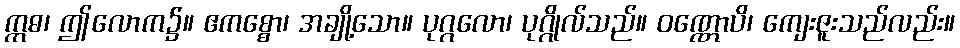
ဣဓ၊ ဤလောက၌။ ဧကစ္စော၊ အချို့သော။ ပုဂ္ဂလော၊ ပုဂ္ဂိုလ်သည်။ ဝဏ္ဏောပိ၊ ကျေးဇူးသည်လည်း။